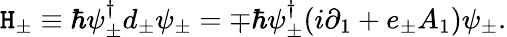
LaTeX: {\cal\mathtt{H}}_{\pm}\equiv\hbar\psi_{\pm}^{\dagger}d_{\pm}\psi_{\pm}=\mp\hbar\psi_{\pm}^{\dagger}(i{\partial}_{1}+e_{\pm}A_{1})\psi_{\pm}.